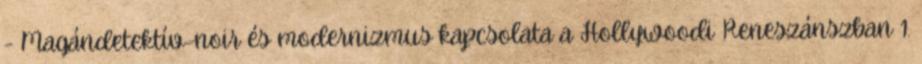
- Magándetektív-noir és modernizmus kapcsolata a Hollywoodi Reneszánszban 1.